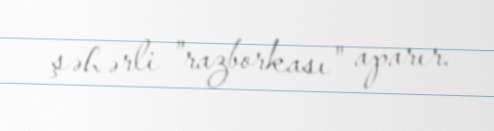
şəhərli "razborkası" aparır.